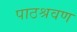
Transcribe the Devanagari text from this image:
पाठश्रवण